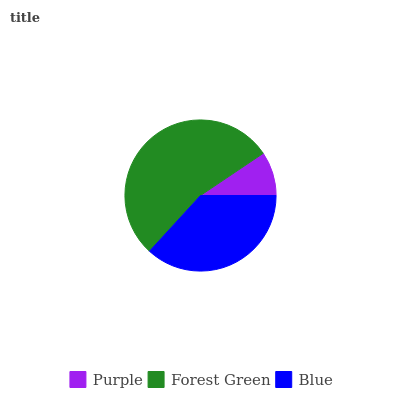
| Purple | Forest Green | Blue |
 | --- | --- | --- |
 | 9.42% | 53.8% | 36.8% |